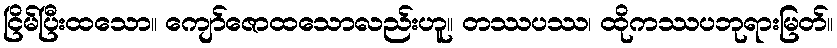
ငြိမ်ပြီးထသော။ ကျော်ဇောထသောလည်းဟူ။ တဿပဿ၊ ထိုကဿပဘုရားမြတ်။